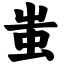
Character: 蚩